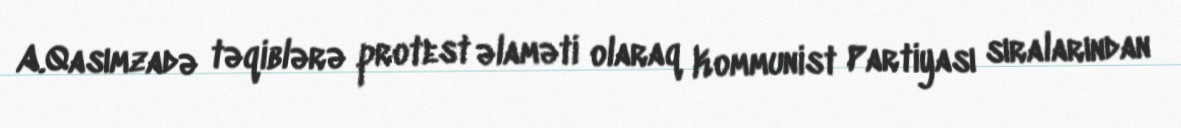
A.Qasımzadə təqiblərə protest əlaməti olaraq Kommunist Partiyası sıralarından